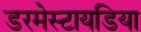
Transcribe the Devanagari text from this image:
डरमेस्टायडिया